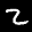
Label: 2